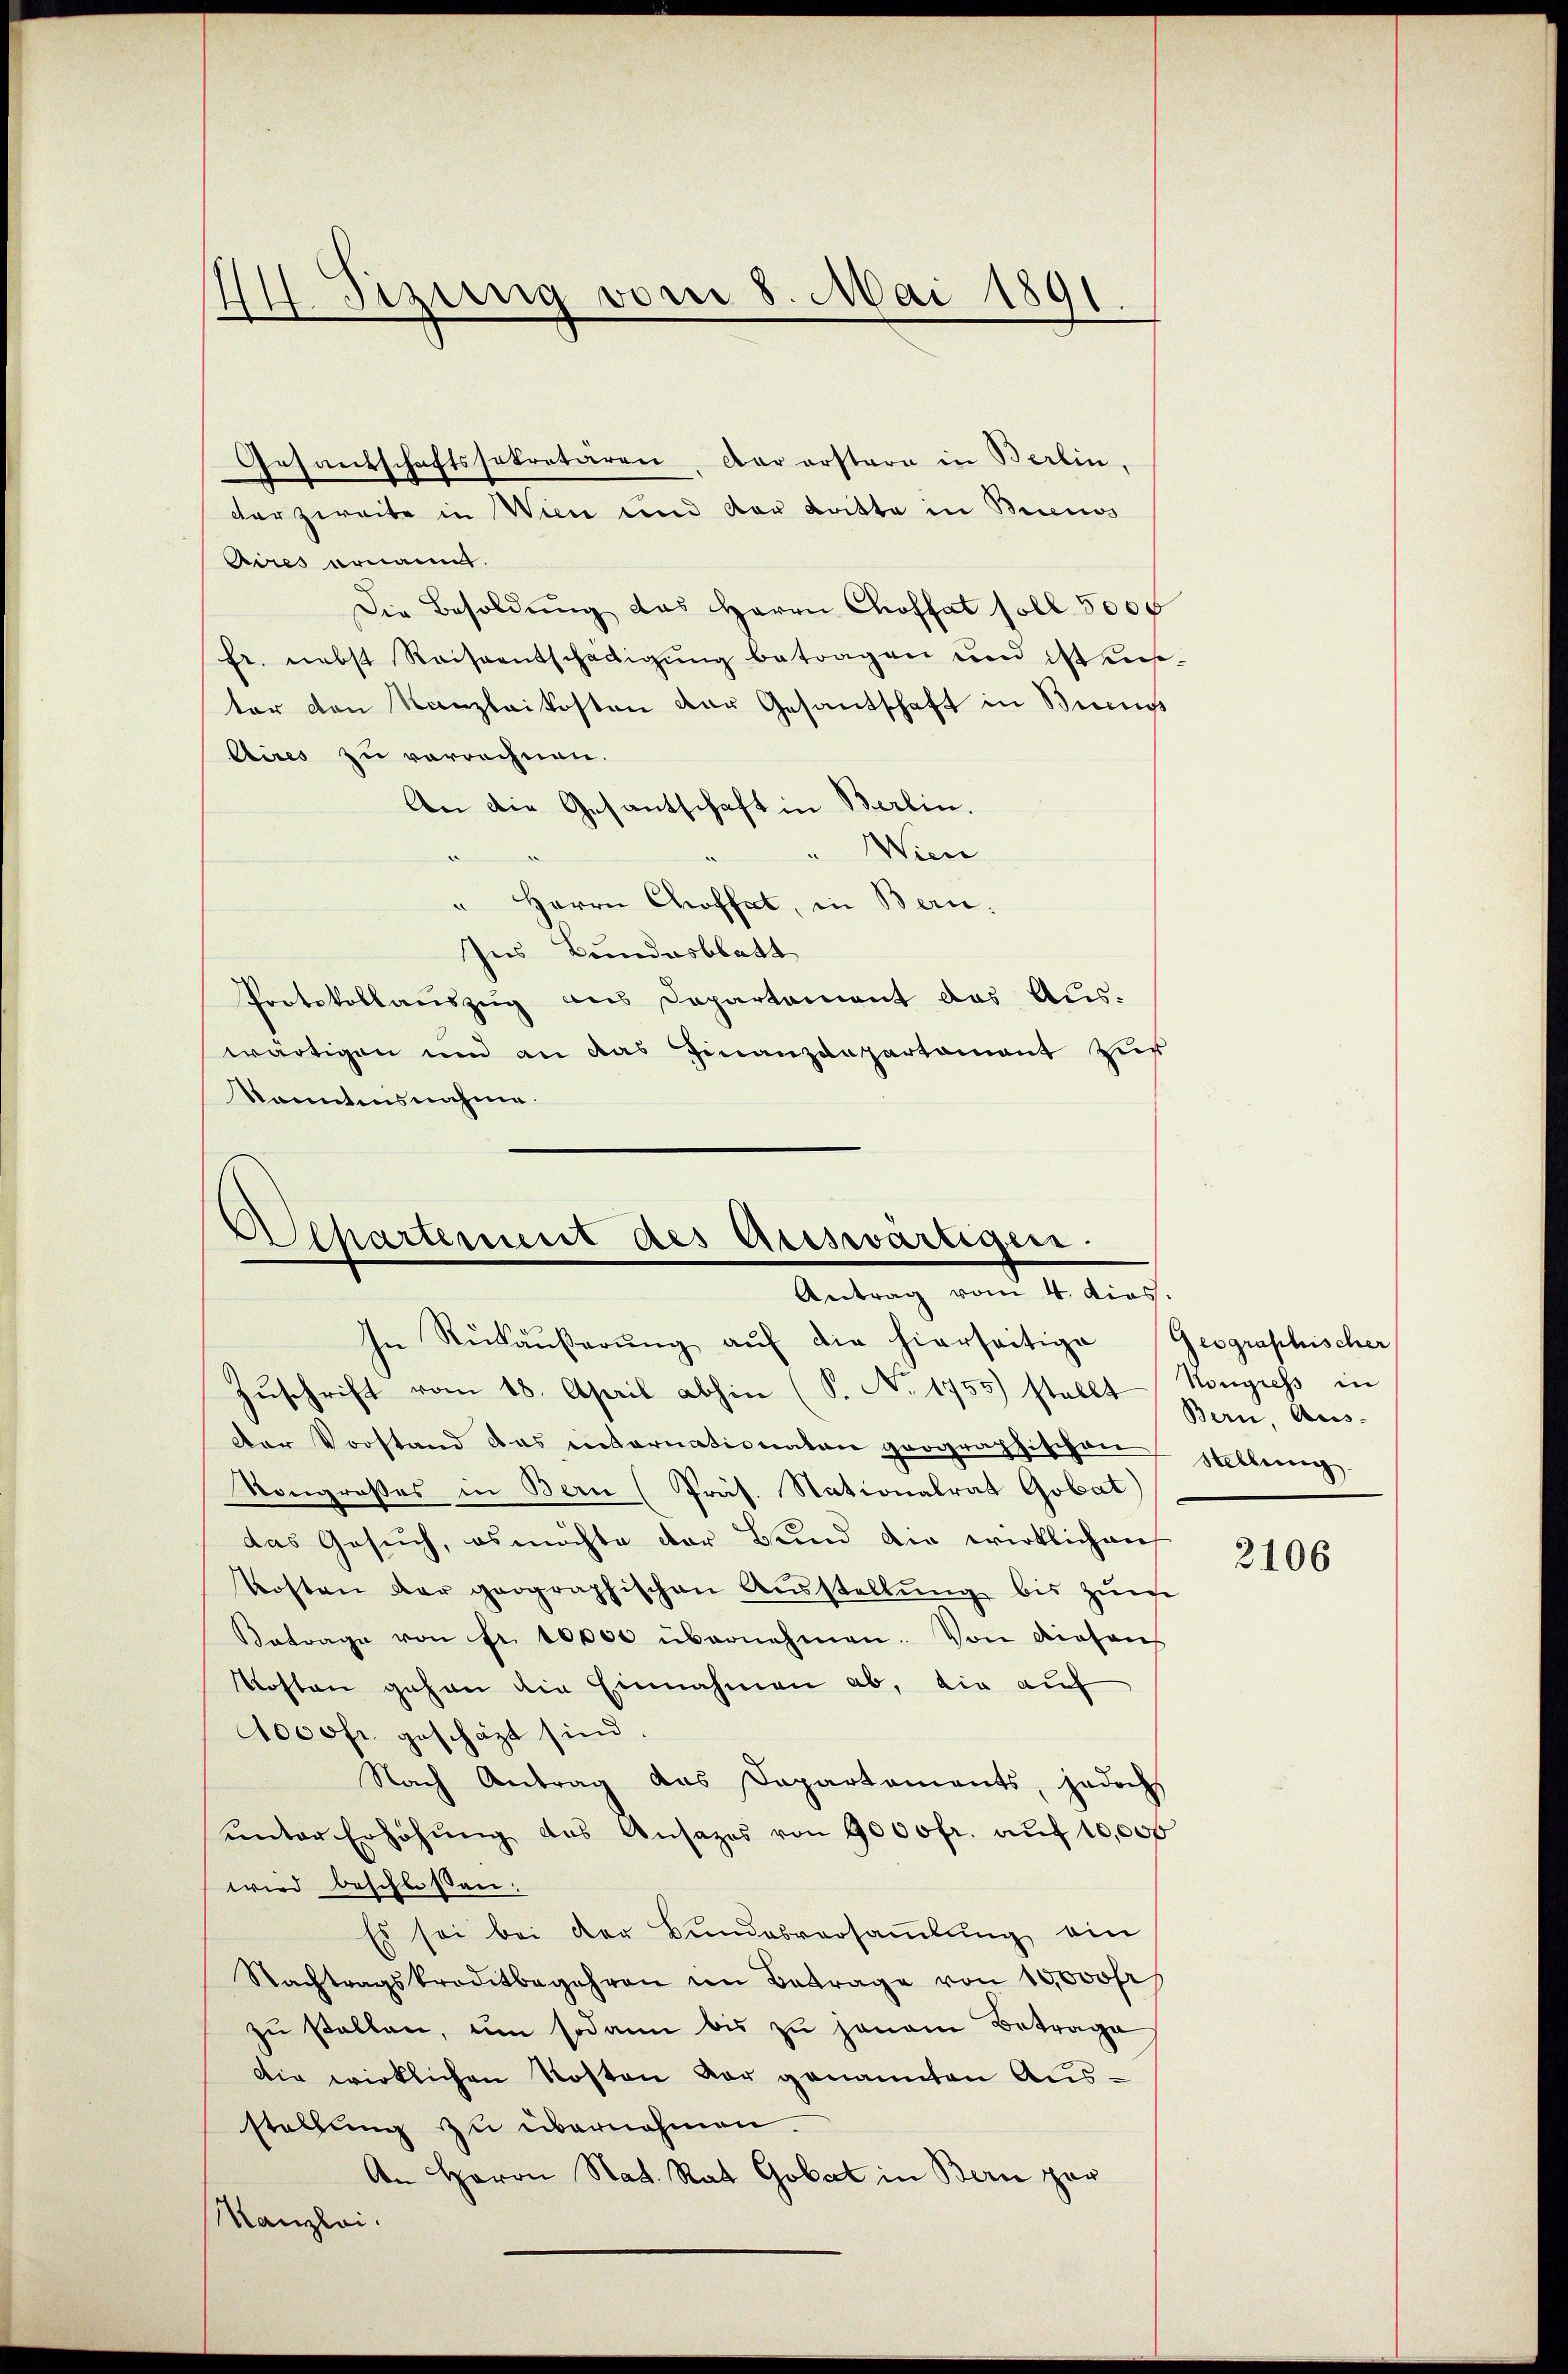
I Sizung vom 8. Mai 1891

Gesandschaftssekretären, der erstern in Berlin.
dter zweite in Wien und der Britte in Buenos
Aires ername.
Die Besoldŭng das Herrn Choffat soll 5000
fr. nebst Reiseentschädigung betragen und ist auster den Kanzlaikosten das Gesantschaft in Sinn
Aires zu verrechnen.
An die Gesantschaft in Berlin.
Wien
d
" Herrn Choffet, in Bern.
Ins Bundesblatt
Protokollauszug aus Departement das Aus-
wärtigen und an das Finanzdepartament zur
Kanntnisnahme.

Alhartement des Auswärtigen.
Antrag vom 4. dies

In Rükäŭβerŭng aŭf die hierseitige Geographischer
Zuschrift vom 18. April abhin (S. No. 1755) stellt Bau Aus-
Der Vorstand das internationaten geographischen
Kongroßes in Bern (Präs. Stationalrat Gobat)
das Gesuch, es möchte der Bund die wirklichen
kosten der geographischen Aŭsstellŭng bis zure
Betrage von fr. 10000 übernehmen. Von diesens
Kosten gehen die Einnahmen ab, die auf
1000fr. geschäzt sind.
Nach Antrag das Departaments, jedoch
ŭnter Erhöhŭng des Ansages von 9000fr. aŭf 10,000
wird beschloßen:
Es sei bei der Bundesversamlung ein
Nachtragskreditbegehren in Betrage von 15000fr
zu stellen, um sodann bis zu jenem Betrage
Die wirklichen Kosten vor genannten Ausstellung zu übernehmen.
An Herrn Nat. Rat Gobat in Bern zur
Kanzlei.

Kongress in
Hellung

2106